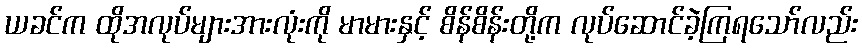
ယခင်က ထိုအလုပ်များအားလုံးကို မာမားနှင့် စိန်စိန်းတို့က လုပ်ဆောင်ခဲ့ကြရသော်လည်း